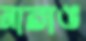
নারাঙ